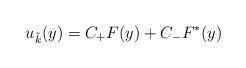
LaTeX: \begin{align*}u_{\tilde{k}} (y) = C_{+} F(y) + C_{-} F^{*} (y)\end{align*}